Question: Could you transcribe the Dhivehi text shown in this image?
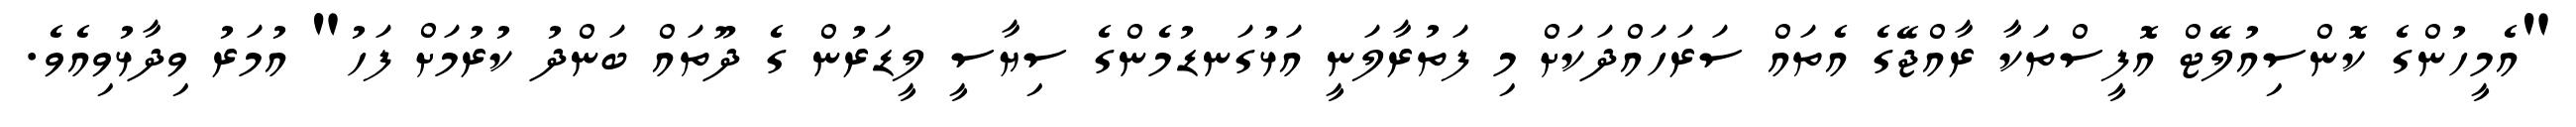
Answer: "އެމީހުންގެ ކޮންސިއުލޭޓް އޮފީސްތަކާ ރާއްޖޭގެ އެތައް ސަރަހައްދަކަށް މި ފަތުރާލަނީ އަޅުގަނޑުމެންގެ ސިޔާސީ ލީޑަރުން ގެ ދޫތައް ބަންދު ކުރުމަށް ފަހު" އުމަރު ވިދާޅުވިއެވެ.